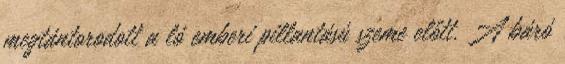
megtántorodott a ló emberi pillantású szeme előtt. A báró